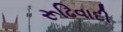
રૂઢિવાદી